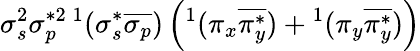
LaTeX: \sigma_{s}^{2}\sigma_{p}^{*2}{}\, ^{1}(\sigma_{s}^{*}\overline{{\sigma_{p}}})\left(^1(\pi_{x}\overline{{\pi_{y}^{*}}})+{}^{1}(\pi_{y}\overline{{\pi_{y}^{*}}})\right)